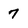
Character: 7